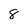
Character: 8